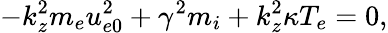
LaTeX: -k_{z}^{2}m_{e}u_{e0}^{2}+\gamma^{2}m_{i}+k_{z}^{2}\kappa T_{e}=0,